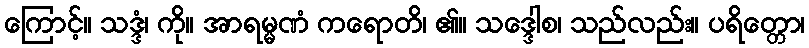
ကြောင့်။ သဒ္ဒံ၊ ကို။ အာရမ္မဏံ ကရောတိ၊ ၏။ သဒ္ဒေါစ၊ သည်လည်း။ ပရိတ္တော၊